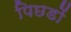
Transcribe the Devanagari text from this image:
पिछडों